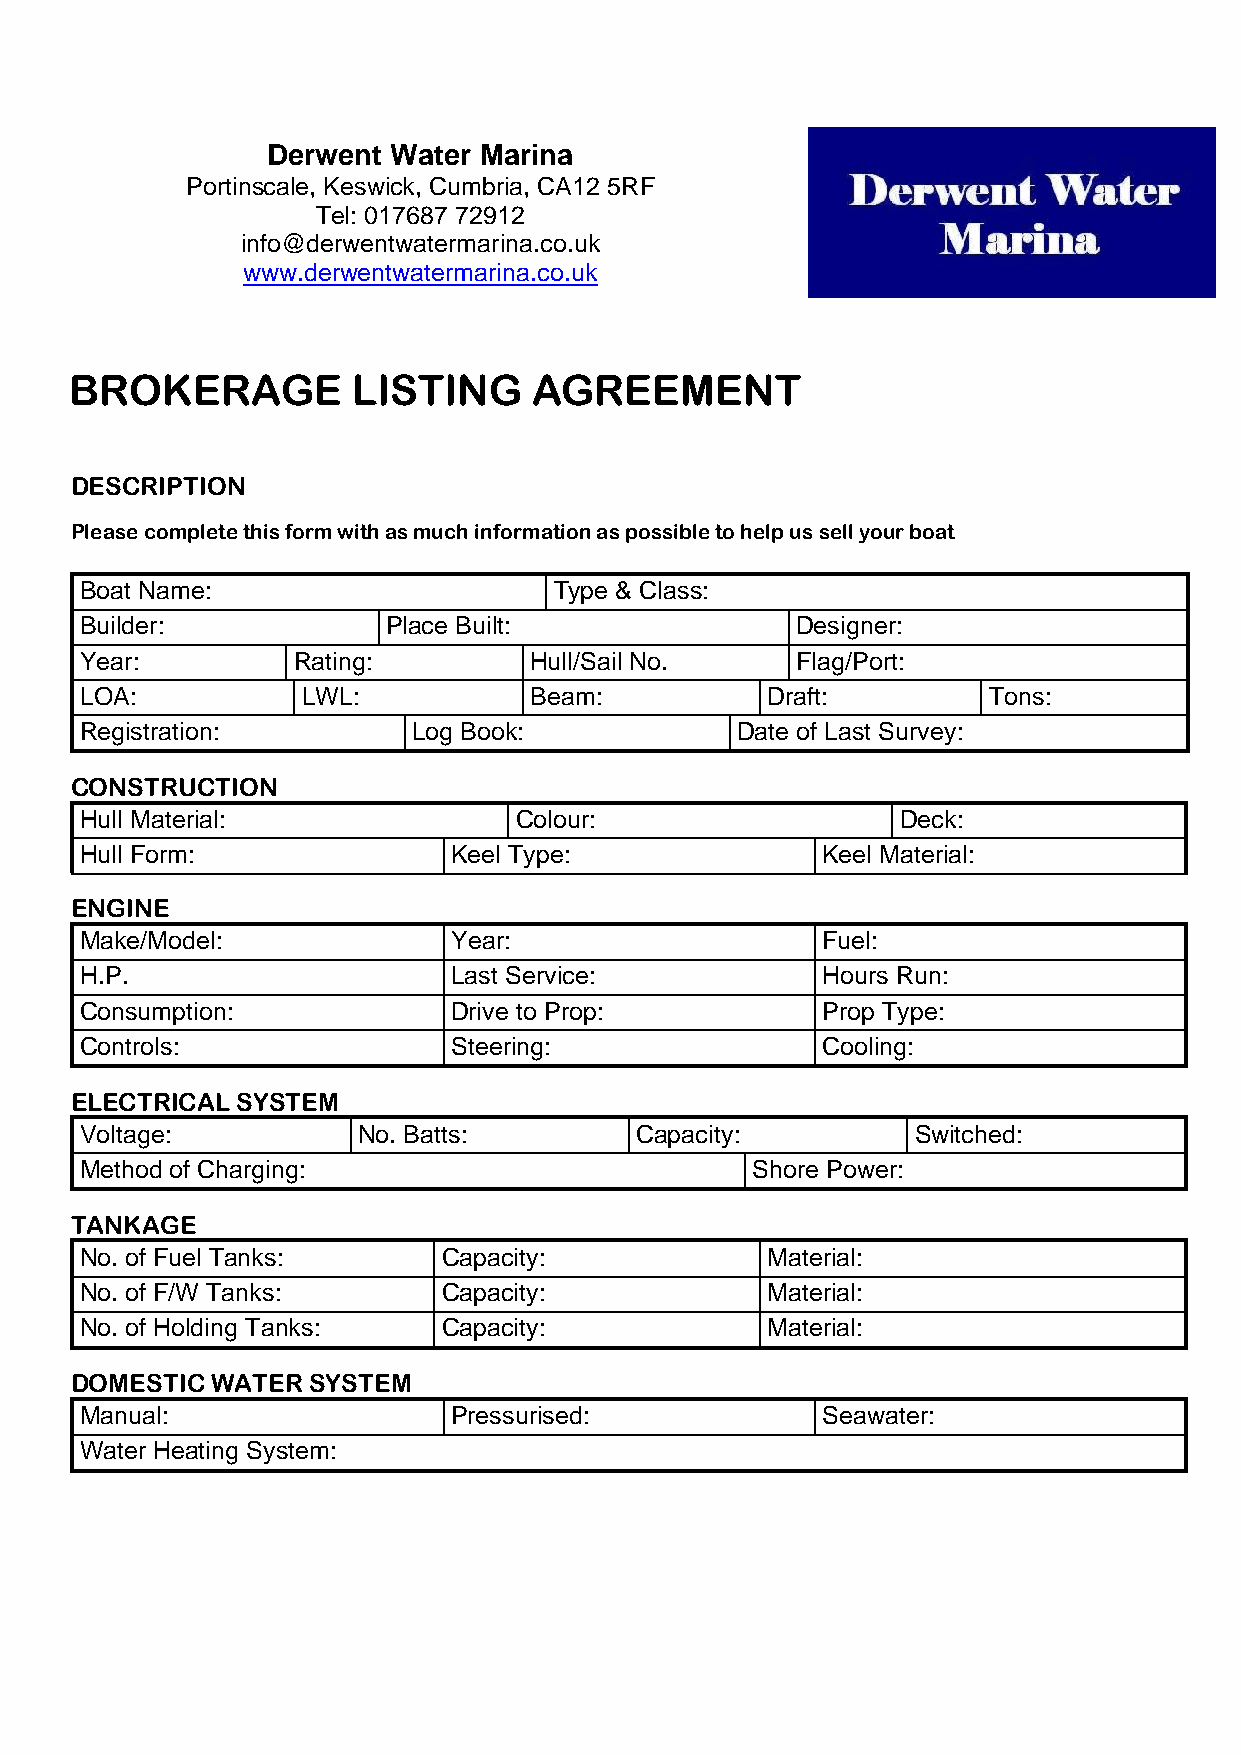
Derwent Water Marina
 Portinscale, Keswick, Cumbria, CA12 5RF
 Tel: 017687 72912
 info@derwentwatermarina.co.uk
 www.derwentwatermarina.co.uk
 BROKERAGE         LISTING     AGR   EEMENT
 DESCRIPTION
 Please complete this form with as much information as possible to help us sell your boat
 Boat Name:                      Type & Class:
 Builder:             Place Built:               Designer:
 Year:         Rating:         Hull/Sail No.     Flag/Port:
 LOA:           LWL:           Beam:           Draft:        Tons:
 Registration:         Log Book:             Date of Last Survey:
 CONSTRUCTION
 Hull Material:               Colour:                   Deck:
 Hull Form:               Keel Type:              Keel Material:
 ENGINE
 Make/Model:              Year:                   Fuel:
 H.P.                     Last Service:           Hours Run:
 Consumption:             Drive to Prop:          Prop Type:
 Controls:                Steering:               Cooling:
 ELECTRICAL SYSTEM
 Voltage:           No. Batts:        Capacity:          Switched:
 Method of Charging:                          Shore Power:
 TANKAGE
 No. of Fuel Tanks:      Capacity:             Material:
 No. of F/W Tanks:       Capacity:             Material:
 No. of Holding Tanks:   Capacity:             Material:
 DOMESTIC WATER SYSTEM
 Manual:                  Pressurised:            Seawater:
 Water Heating System: